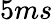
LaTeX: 5ms